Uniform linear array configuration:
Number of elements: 48
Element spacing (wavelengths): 0.5
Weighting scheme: uniform
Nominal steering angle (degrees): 60
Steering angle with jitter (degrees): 61.656
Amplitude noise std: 0.05
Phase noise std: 0.05

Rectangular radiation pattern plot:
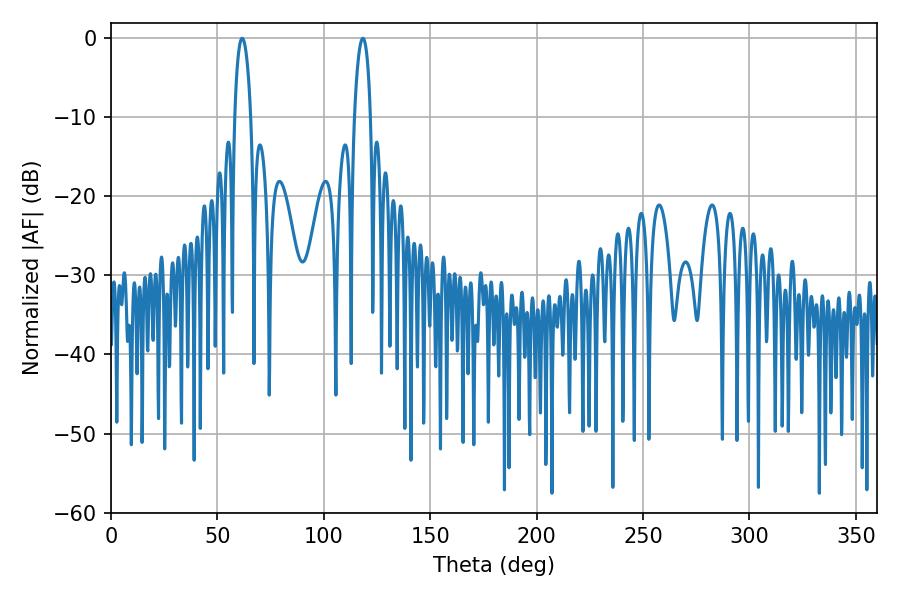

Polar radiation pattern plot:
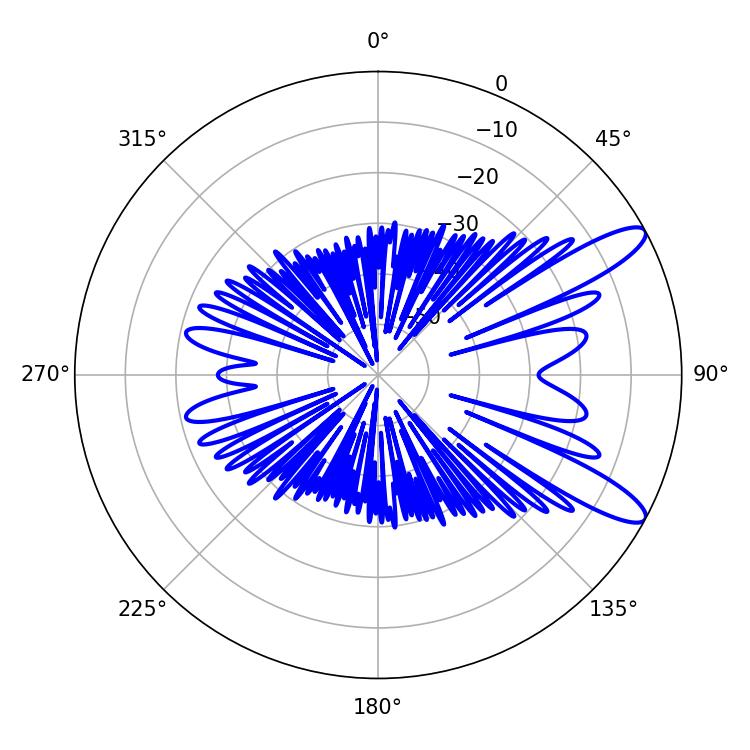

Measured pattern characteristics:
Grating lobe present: FALSE
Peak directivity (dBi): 11.223
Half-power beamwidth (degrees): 4.32
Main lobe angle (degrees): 61.56